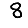
Digit: 8